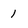
Character: 1